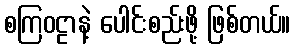
စကြဝဠာနဲ့ ပေါင်းစည်းဖို့ ဖြစ်တယ်။